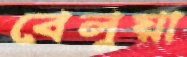
বেলুয়া